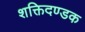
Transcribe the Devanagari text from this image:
शक्तिदण्डक